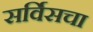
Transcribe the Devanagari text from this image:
सर्विसचा